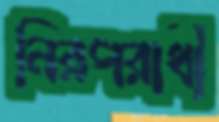
নিরপরাধী